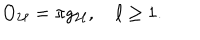
O _ { 2 \ell } = \pi g _ { 2 \ell } , \quad \ell \ge 1 .